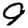
Digit: 0